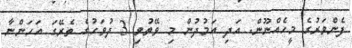
ފެންވަރުގެ މީހެއްނޫން. އަދި އަމުދުން މި ވޭތުވި 3 ދުވަހުގެ ތެރޭގަ އަހަންނާ